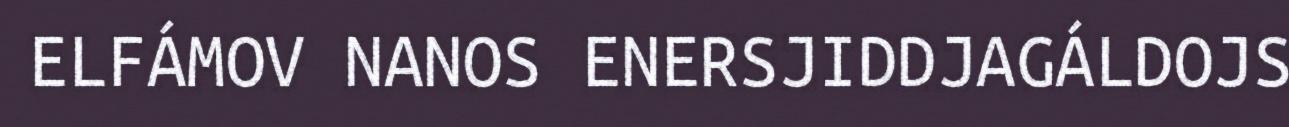
ELFÁMOV NANOS ENERSJIDDJAGÁLDOJS